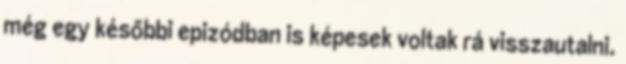
még egy későbbi epizódban is képesek voltak rá visszautalni.